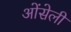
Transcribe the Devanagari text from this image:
ओंसेली